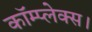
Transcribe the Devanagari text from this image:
कॉम्प्लेक्स।